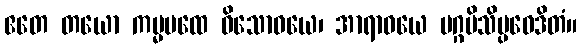
ဧတေ တယော ကမ္မပထေ ဝိသောဓယေ၊ အာရာဓယေ မဂ္ဂမိသိပ္ပဝေဒိတံ။